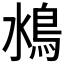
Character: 𩾼